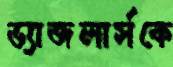
ড্যাজলার্সকে